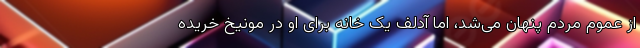
از عموم مردم پنهان می‌شد، اما آدلف یک خانه برای او در مونیخ خریده